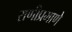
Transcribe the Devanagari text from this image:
राणीप्रमाणे